Museums and galleries and the schools, 1932
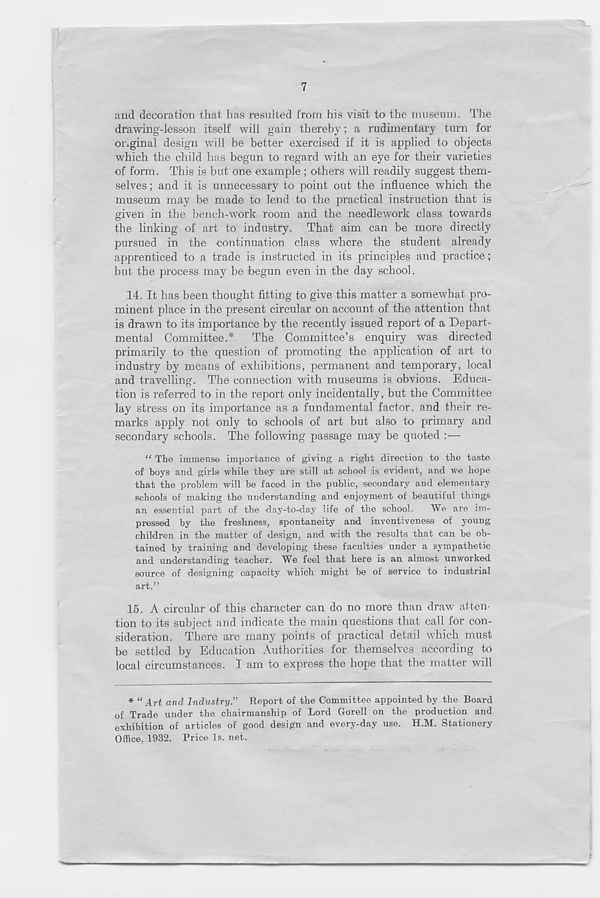
7
and decoration that has resulted from his visit to the museum. The
drawing-lesson itself will gain thereby; a rudimentary turn for
oivginal design will be better exercised if it is applied to objects
which the child has begun to regard with an eye for their varieties
of form. This is but one example ; others will readily suggest them-
selves ; and it is unnecessary to point out the influence which the
museum may be made to lend to the practical instruction that is
given in the bench-work room and the needlework class towards
the linking of art to industry. That aim can be more directly
pursued in the continuation class where the student already
apprenticed to a trade is instructed in its principles and practice;
but the process may be begun even in the day school.
14. It has been thought fitting to give this matter a somewhat pro-
minent place in the present circular on account of the attention that
is drawn to its importance by the recently issued report of a Depart-
mental Committee.* The Committee’s enquiry was directed
primarily to the question of promoting the application of art to
industry by means of exhibitions, permanent and temporary, local
and travelling. The connection with museums is obvious. Educa-
tion is referred to in the report only incidentally, but the Committee
lay stress on its importance as a fundamental factor, and their re-
marks apply not only to schools of art but also to primary and
secondary schools. The following passage may be quoted :—
“ The immense importance of giving a right direction to the taste
of boys and girls while they are still at school is evident, and we hope
that the problem will be faced in the public, secondary and elementary
schools of making the understanding and enjoyment of beautiful things
an essential part of the day-to-day life of the school.
We are im-
pressed by the freshness, spontaneity and inventiveness of young
children in the matter of design, and with the results that can be ob-
tained by training and developing these faculties under a sympathetic
and understanding teacher. We feel that here is an almost unworked
source of designing capacity which might be of service to industrial
art.”
15. A circular of this character can do no more than draw atten-
tion to its subject and indicate the main questions that call for con-
sideration. There are many points of practical detail which must
be settled by Education Authorities for themselves according to
local circumstances. I am to express the hope that the matter will
* “ Art and Industry.” Report of the Committee appointed by the Board
of Trade under the chairmanship of Lord Gorell on the production and
exhibition of articles of good design and every-day use. H.M. Stationery
Office, 1932. Price Is. net.